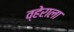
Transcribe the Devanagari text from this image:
व्हेराला